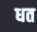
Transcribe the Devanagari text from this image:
धत